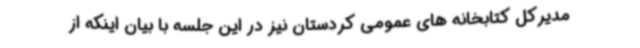
مدیرکل کتابخانه های عمومی کردستان نیز در این جلسه با بیان اینکه از